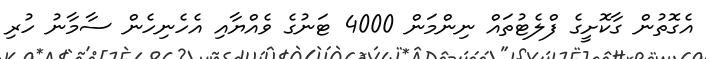
އެގޮތުން ގާކޮށީގެ ފްލެޓުތައް ނިންމަން 4000 ޓަނުގެ ވެއްޔާއި އެހެނިހެން ސާމާނު ހުރި